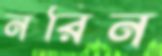
নরিন